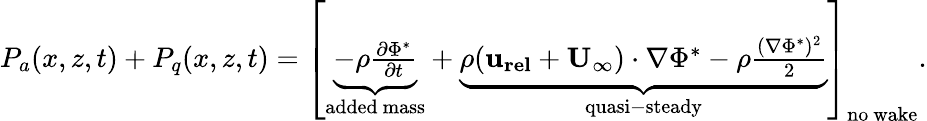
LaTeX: \begin{array}{r}{P_{a}(x,z,t)+P_{q}(x,z,t)=\left[\underbrace{-\rho\frac{\partial\Phi^{*}}{\partial t}}_{\mathrm{added~mass}}+\underbrace{\rho(\mathbf{u_{rel}}+\mathbf{U_{\infty}})\cdot\nabla\Phi^{*}-\rho\frac{(\nabla\Phi^{*})^{2}}{2}}_{\mathrm{quasi-steady}}\right]_{\mathrm{no~wake}}.}\end{array}